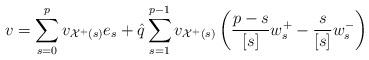
LaTeX: \begin{align*}v = \sum_{s=0}^p v_{\mathcal{X}^+(s)} e_s + \hat q \sum_{s=1}^{p-1} v_{\mathcal{X}^+(s)}\left( \frac{p-s}{[s]}w^+_s - \frac{s}{[s]}w^-_s \right)\end{align*}